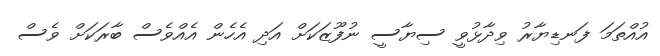
އުއްތަމަ ފަނޑިޔާރު ވިދާޅުވީ ސިޔާސީ ނުފޫޒަކަށް އަދި އެހެން އެއްވެސް ބާރަކަށް ވެސް